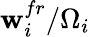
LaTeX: \textbf{w}_{i}^{fr}/\Omega_{i}